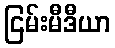
ငြမ်းမီဒီယာ